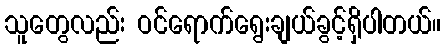
သူတွေလည်း ဝင်ရောက်ရွေးချယ်ခွင့်ရှိပါတယ်။